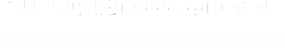
ស្អាត តែបច្ចុប្បន្នប្រជាពលរដ្ឋគ្រប់ស្រទាប់